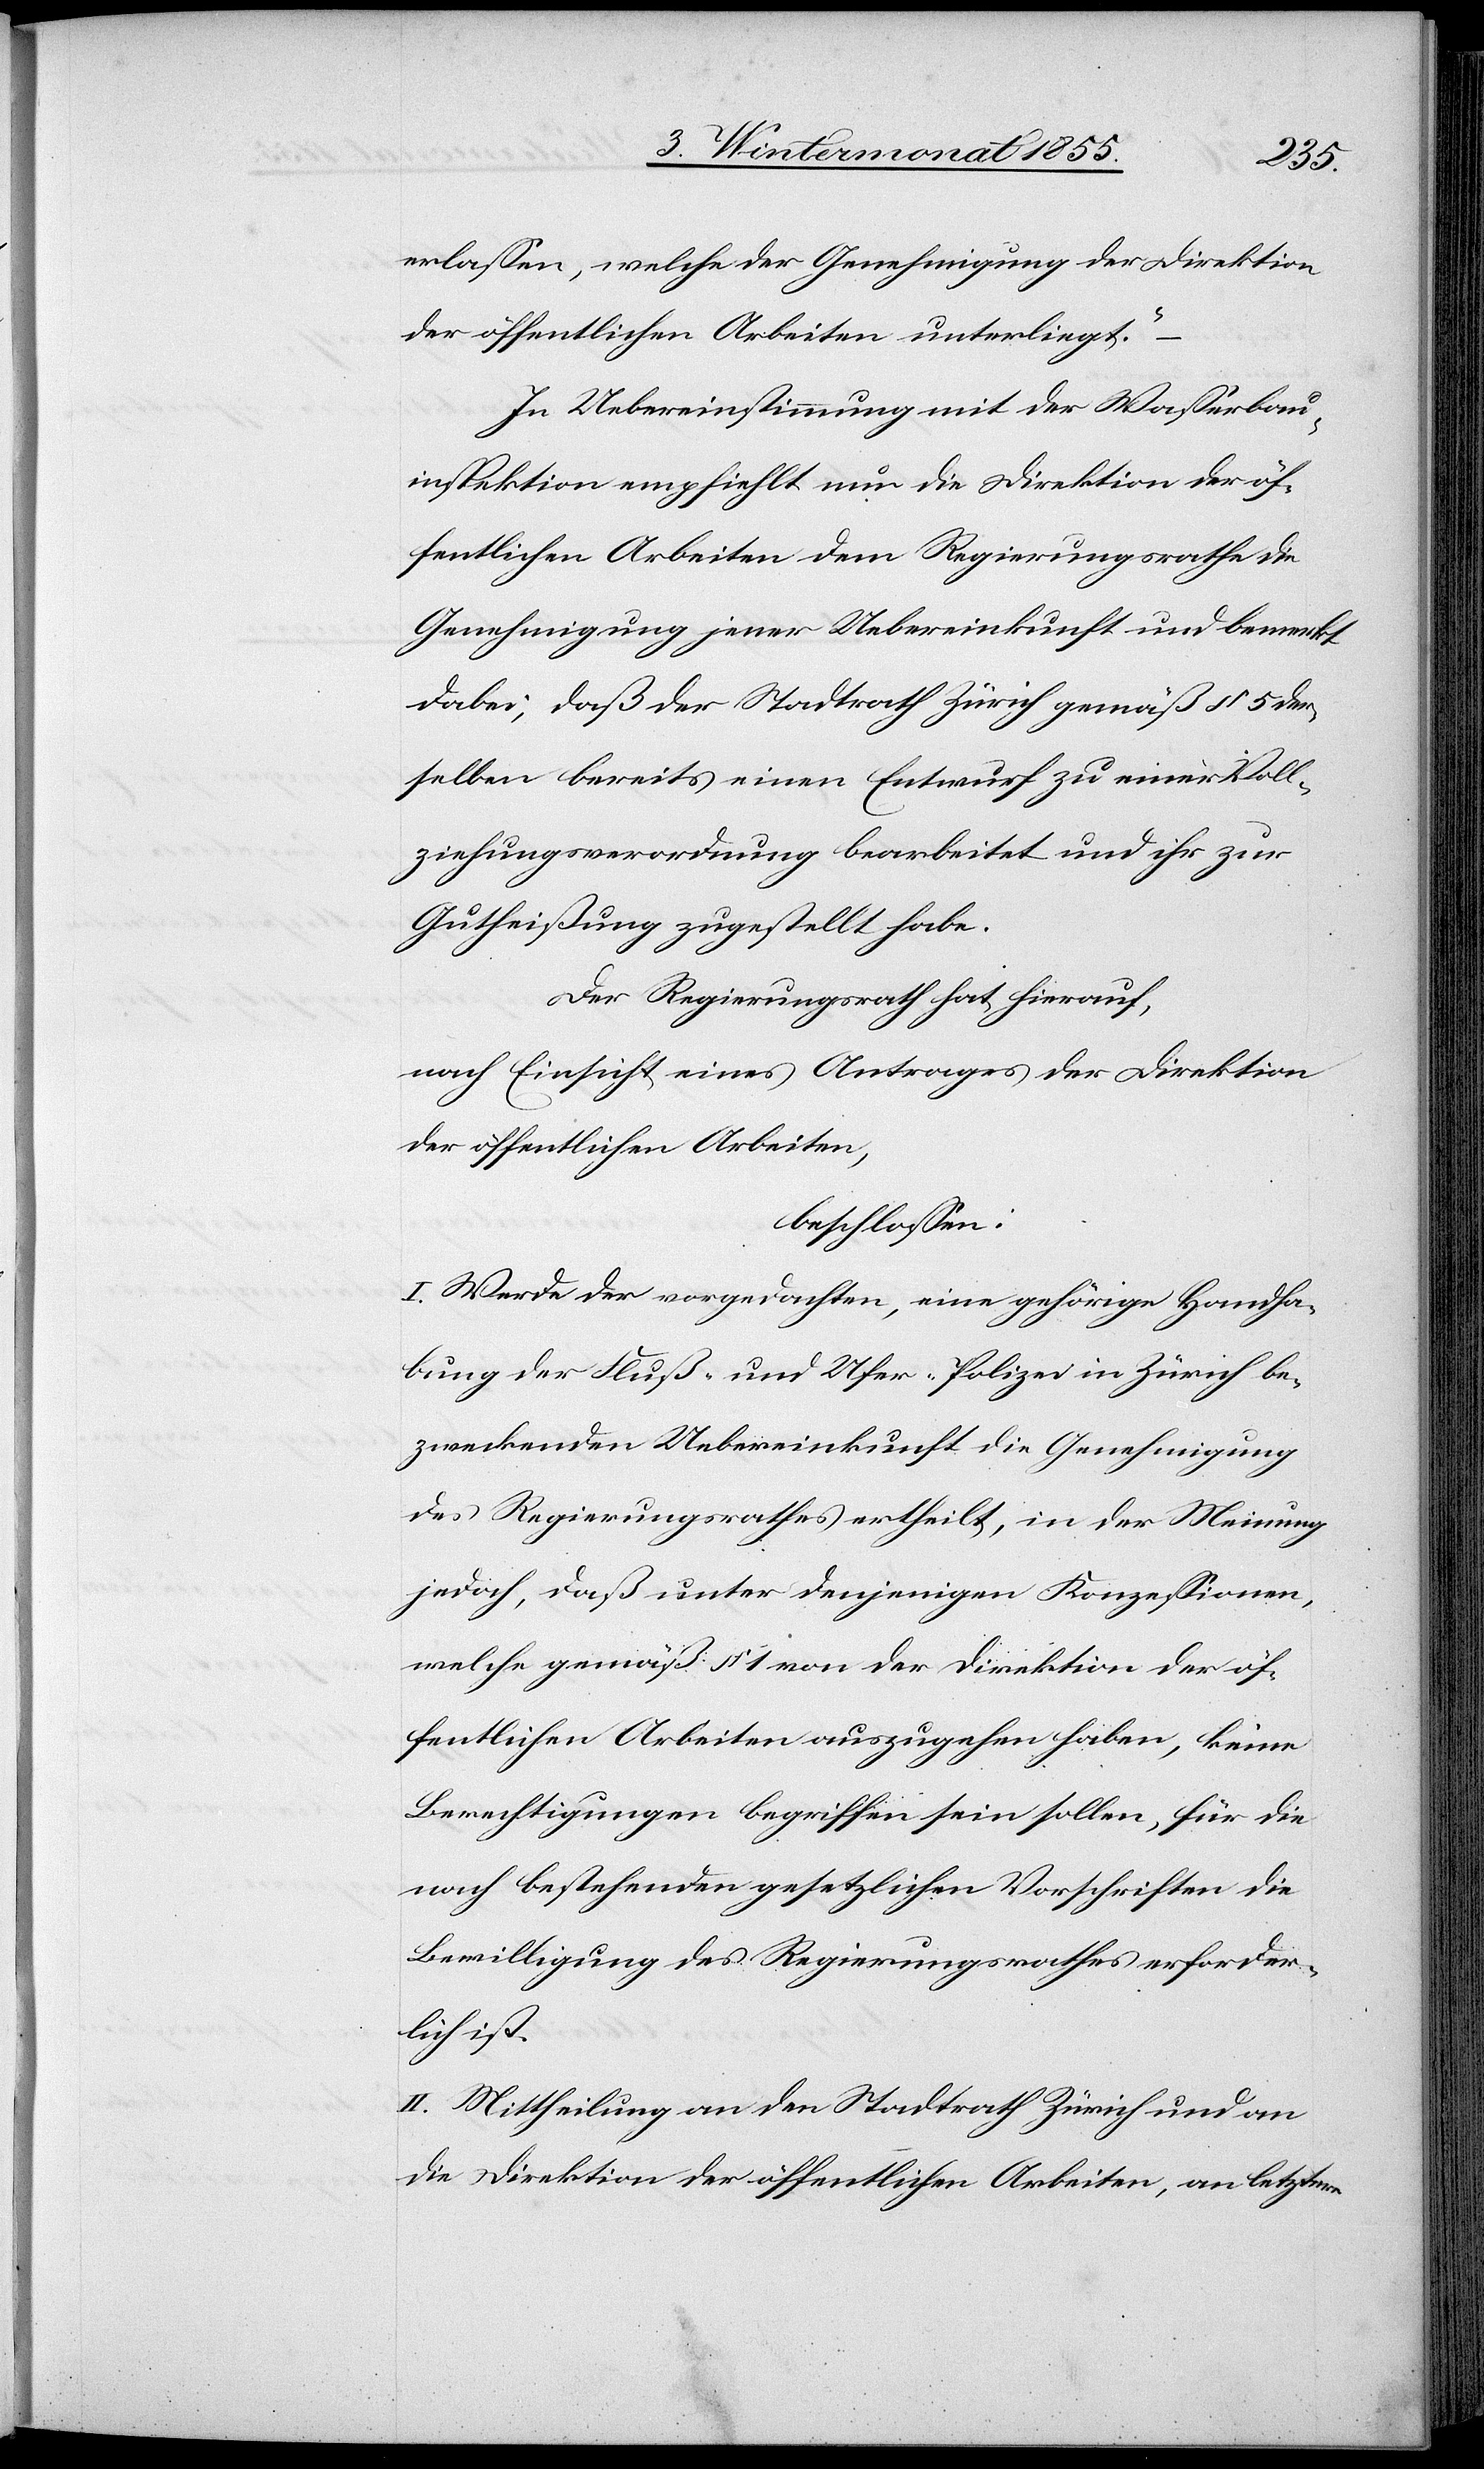
erlassen, welche der Genehmigung der Direktion
der öffentlichen Arbeiten unterliegt.“
In Uebereinstimmung mit der Wasserbau¬
inspektion empfiehlt nun die Direktion der öf¬
fentlichen Arbeiten dem Regierungsrathe die
Genehmigung jener Uebereinkunft und bemerkt
dabei, daß der Stadtrath Zürich gemäß § 5 der¬
selben bereits einen Entwurf zu einer Voll¬
ziehungsverordnung bearbeitet und ihr zur
Gutheißung zugestellt habe.
Der Regierungsrath hat hierauf,
nach Einsicht eines Antrages der Direktion
der öffentlichen Arbeiten,
beschlossen:
I. Werde der vorgedachten, eine gehörige Handha¬
bung der Fluß- und Ufer-Polizei in Zürich be¬
zweckenden Uebereinkunft die Genehmigung
des Regierungsrathes ertheilt, in der Meinung
jedoch, daß unter denjenigen Konzessionen,
welche gemäß § 1 von der Direktion der öf¬
fentlichen Arbeiten auszugehen haben, keine
Berechtigungen begriffen sein sollen, für die
nach bestehenden gesetzlichen Vorschriften die
Bewilligung des Regierungsrathes erforder¬
lich ist.
II. Mittheilung an den Stadtrath Zürich und an
die Direktion der öffentlichen Arbeiten, an letztere